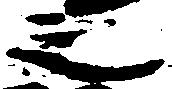
之